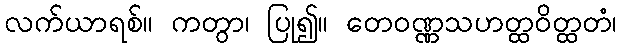
လက်ယာရစ်။ ကတွာ၊ ပြု၍။ တေဝဏ္ဏသဟတ္ထဝိတ္ထတံ၊